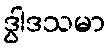
ဒွါဒသမာ